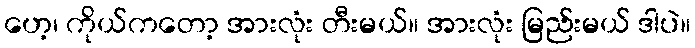
ဟေ့၊ ကိုယ်ကတော့ အားလုံး တီးမယ်။ အားလုံး မြည်းမယ် ဒါပဲ။